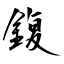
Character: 鍑